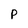
Character: P